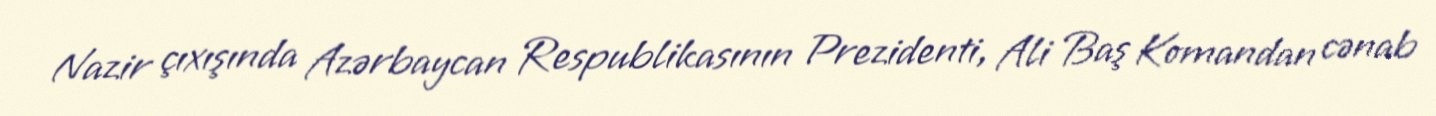
Nazir çıxışında Azərbaycan Respublikasının Prezidenti, Ali Baş Komandan cənab